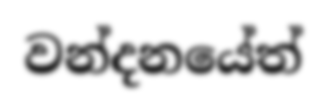
වන්දනයේත්